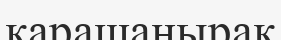
қарашаңырақ